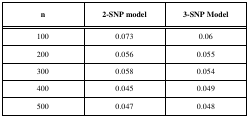
<table><thead><tr><td><b>n</b></td><td><b>2-SNP model</b></td><td><b>3-SNP Model</b></td></tr></thead><tbody><tr><td>100</td><td>0.073</td><td>0.06</td></tr><tr><td>200</td><td>0.056</td><td>0.055</td></tr><tr><td>300</td><td>0.058</td><td>0.054</td></tr><tr><td>400</td><td>0.045</td><td>0.049</td></tr><tr><td>500</td><td>0.047</td><td>0.048</td></tr></tbody></table>